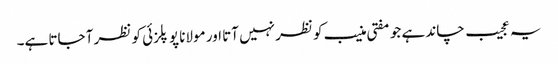
یہ عجیب چاند ہے جو مفتی منیب کو نظر نہیں آتا اور مولانا پوپلزئی کو نظر آ جاتا ہے۔